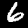
Label: 6